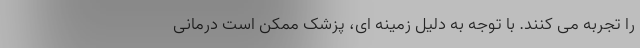
را تجربه می کنند. با توجه به دلیل زمینه ای، پزشک ممکن است درمانی